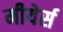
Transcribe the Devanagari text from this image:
मीयेर्स